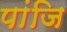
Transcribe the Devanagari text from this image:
पांजि